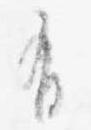
有